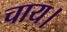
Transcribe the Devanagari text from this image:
चाय।